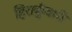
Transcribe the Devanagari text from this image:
हिराकुँवारी